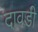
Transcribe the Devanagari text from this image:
दावडी